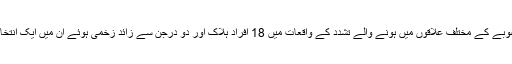
انتخابی مہم کے دوران صوبے کے مختلف علاقوں میں ہونے والے تشدد کے واقعات میں 18 افراد ہلاک اور دو درجن سے زائد زخمی ہوئے ان میں ایک انتخابی امیدوار بھی شامل ہے۔